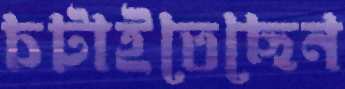
চটাইতেছেন